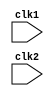
`timescale 1ns / 1ps
//////////////////////////////////////////////////////////////////////////////////
// Company: Hoti to kya baat thi
// 
// Design Name: 
// Module Name: processor_1_pipeline
// Project Name: 
// Target Devices: 
// Tool Versions: 
// Description: 
// 
// Dependencies: 
// 
// Revision:
// Revision 0.01 - File Created
// Additional Comments:
// 
//////////////////////////////////////////////////////////////////////////////////


module processor_1_pipeline(clk1, clk2);
    input clk1,clk2;
    reg[31:0] PC,IF_ID_NPC,ID_EX_NPC,EX_Mem_NPC,IF_ID_IR,ID_EX_IR,EX_Mem_IR,Mem_WB_IR,ID_EX_A,ID_EX_B,EX_Mem_B;
    reg[31:0] ID_EX_imm,EX_Mem_ALUout,Mem_WB_ALUout,Mem_WB_LMD;
    reg EX_Mem_cond;
    reg branch_taken, halted;
    
    reg[2:0] ID_EX_type,EX_Mem_type,Mem_WB_type;
    
    reg[31:0] Reg[0:31];
    reg[31:0] Mem[0:1023];
    
    //defining the instructions
    parameter ADD = 6'b000000, SUB = 6'b000001, AND = 6'b000010, OR = 6'b000011, SLT = 6'b000100, MUL = 6'b000101, HLT = 6'b000110;
    parameter LW = 6'b001000, SW = 6'b001001, ADDI = 6'b001010, SUBI = 6'b001011, SLTI = 6'b001100, BNEQZ = 6'b001101, BEQZ = 6'b001110;
    
    //defining the type of alu present.
    parameter RR_ALU = 3'b000, RM_ALU = 3'b001, Load = 3'b010, Store = 3'b011, Branch = 3'b100, Halt = 3'b101;
    
    
    //Stage 1--> IF
    always @(posedge clk1)
        begin
            if(halted == 0)
                begin
                    if(((EX_Mem_IR[31:26] == BEQZ)&(EX_Mem_cond == 1))|((EX_Mem_IR[31:26] == BNEQZ)&(EX_Mem_cond == 0)))
                        begin
                            branch_taken <= #2 1'b1;
                            IF_ID_NPC <= #2 1 + EX_Mem_ALUout;
                            IF_ID_IR <= #2 Mem[EX_Mem_ALUout];
                            PC <= #2 EX_Mem_ALUout+1;
                        end
                    else
                        begin
                            PC <= #2 PC+1;
                            IF_ID_NPC <= #2 PC+1;
                            IF_ID_IR <= #2 Mem[PC]; 
                        end                    
                end 
        end
        
        
    
    //Stage 2--> Instruction decoding
    always @(posedge clk2)
        begin
            if(halted == 0)
                begin
                    if(IF_ID_IR[25:21] == 5'b00000)
                        ID_EX_A <= 0;
                    else                    
                        ID_EX_A <= #2 Reg[IF_ID_IR[25:21]];
                    if(IF_ID_IR[20:16] == 5'b00000)
                        ID_EX_B <=0;
                    else                    
                        ID_EX_B <= #2 Reg[IF_ID_IR[20:16]];
                    ID_EX_IR <= #2 IF_ID_IR;
                    
                    ID_EX_NPC <= #2 IF_ID_NPC;
                    ID_EX_imm <= #2 {{16{IF_ID_IR[15]}},{IF_ID_IR[15:0]}};
                    
                    case(IF_ID_IR[31:26])
                        ADD,SUB,AND,OR,SLT,MUL: ID_EX_type <= #2 RR_ALU;
                        ADDI,SUBI,SLTI:         ID_EX_type <= #2 RM_ALU;
                        LW:                     ID_EX_type <= #2 Load;
                        SW:                     ID_EX_type <= #2 Store;
                        BEQZ,BNEQZ:             ID_EX_type <= #2 Branch;
                        HLT:                    ID_EX_type <= #2 Halt;
                        default:                ID_EX_type <= #2 Halt;
                    endcase
                end 
        end    
    
    
    //Stage 3--> Exection of instruction
    always @(posedge clk1)
        begin  
            if(halted==0)
                begin 
                    branch_taken <= #2 1'b0;
                    EX_Mem_NPC <= #2 ID_EX_NPC;
                    EX_Mem_IR <= #2 ID_EX_IR;
                    EX_Mem_type <= #2 ID_EX_type; 
                    case(ID_EX_type)
                        RR_ALU:
                            begin
                                case(ID_EX_IR[31:26])
                                    ADD:    EX_Mem_ALUout <= #2 ID_EX_A + ID_EX_B;
                                    SUB:    EX_Mem_ALUout <= #2 ID_EX_A - ID_EX_B;
                                    AND:    EX_Mem_ALUout <= #2 ID_EX_A & ID_EX_B;
                                    OR:     EX_Mem_ALUout <= #2 ID_EX_A | ID_EX_B;
                                    SLT:    EX_Mem_ALUout <= #2 ID_EX_A < ID_EX_B;
                                    MUL:    EX_Mem_ALUout <= #2 ID_EX_A * ID_EX_B;
                                    default:EX_Mem_ALUout <= #2 32'hxxxxxxxx;
                                endcase 
                            end
                        RM_ALU:
                            begin
                                case(ID_EX_IR[31:26])
                                    ADDI:   EX_Mem_ALUout <= #2 ID_EX_A + ID_EX_imm;
                                    SUBI:   EX_Mem_ALUout <= #2 ID_EX_A - ID_EX_imm;
                                    SLTI:   EX_Mem_ALUout <= #2 ID_EX_A < ID_EX_imm;
                                    default:EX_Mem_ALUout <= #2 32'hxxxxxxxx;
                                endcase                         
                            end
                        Load, Store: 
                            begin
                                EX_Mem_ALUout <= #2 ID_EX_A + ID_EX_imm;
                                EX_Mem_B <= #2 ID_EX_B; 
                            end                         
                        Branch:
                            begin
                                EX_Mem_ALUout <= #2 ID_EX_NPC + ID_EX_imm;
                                EX_Mem_cond <= #2 (ID_EX_A == 0);
                            end                       
                    endcase
                end
        end
    
    //Stage 4--> Memory Stage
    always @(posedge clk2)
        begin
            if(halted==0)
                begin
                    Mem_WB_IR <= #2 EX_Mem_IR;
                    Mem_WB_ALUout <= #2 EX_Mem_ALUout;
                    Mem_WB_type <= #2 EX_Mem_type;
                    case(EX_Mem_type)
                        Load: Mem_WB_LMD <= #2 Mem[EX_Mem_ALUout];
                        Store:
                            begin
                                if(branch_taken == 0)
                                    Mem[EX_Mem_ALUout] <= #2 EX_Mem_B;
                            end 
                        RR_ALU, RM_ALU: Mem_WB_ALUout <= #2 EX_Mem_ALUout; 
                                                    
                            
                    endcase
            end
        end
     
    //Stage 5--> Writing Back to the register 
    always @(posedge clk1)
        begin
            if(branch_taken == 0)
                begin
                    case(Mem_WB_type)
                        RR_ALU: Reg[Mem_WB_IR[15:11]] <= #2 Mem_WB_ALUout;
                        RM_ALU: Reg[Mem_WB_IR[20:16]] <= #2 Mem_WB_ALUout;
                        Load:   Reg[Mem_WB_IR[20:16]] <= #2 Mem_WB_LMD;
                        Halt:   halted <= #2 1'b1;
                    endcase
                end
        end
        
endmodule